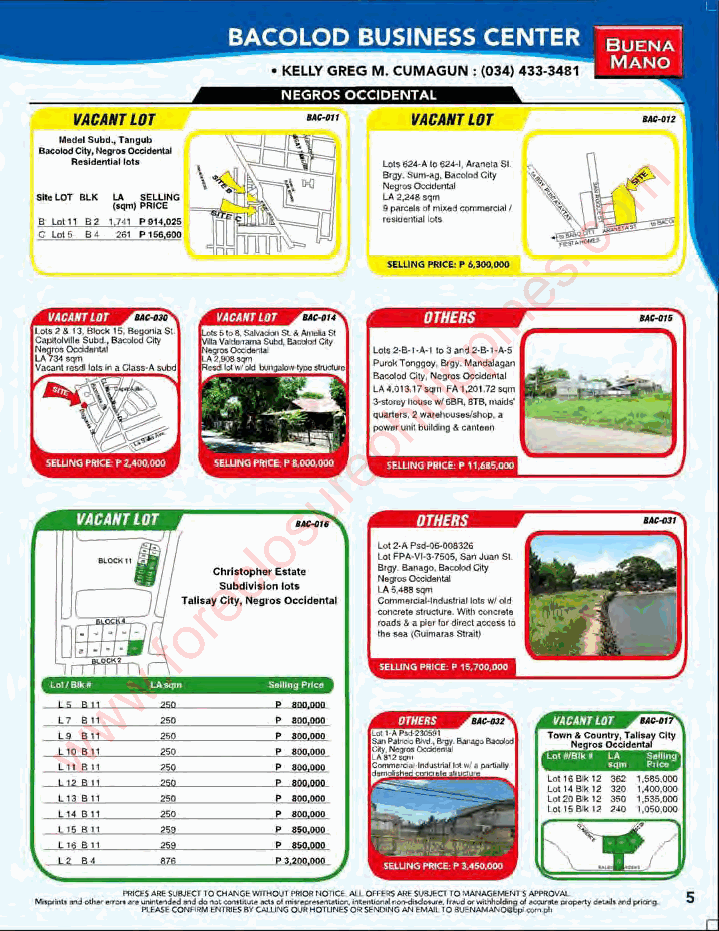
BACOLOD  BUSINESS CENTER
 BUENA
 MANO
 NEGROS OCCIOENTAl
 .V-AC-AnLor           VACAI"rLor
 _s.w..r_             -
 _ oo,., ___
 ..~..
 ,,--,         m
 ~
 ..... .,.. • ., ......... _$1
 .......I..I..I..'.._ ~_OI>
 _LOT 81.K              .........      o
 C, .Lo .< ."
 .
 .8 .!!
 .
 .1 .' ."
 ,
 "
 ..
 ' ,''M
 ~
 -~         s..c .
 e
 n
 orHfRSp i
 , p
 i
 l
 i
 h
 p
 e
 r
 u
 s
 -_. J       o      -
 .... ............. .,.
 cl       "., ......: .- .. .-~ .. ." ...,-..1!a00_ . .....y._ .... .. S O_
 IQ
 Ce ......_ E. .. ,.
 ,.r. ..o yCS H_ Y .~ .." ." o '. .n . O_ 'X ...,... .. ~. ... .. ;.. .. -. ... -.. .. o. .. . .__ "..... ........ .
 o            ... ................
 O     f               _(
 ~.~
 w        .--    "LUN"""" ."_000
 ,.".... LA.... ,. . "",,,","
 ... w         ---
 _ LLI." W          .
 " L. w 811 . m~. , , ... ...,
 lIO ,a,l,l ~   -
 ,L1 1  ..      -....!!!!!!.-.
 " ' I"" .W .   ~
 Lli    ~       PI'!!'!..
 '14 I"        ,
 ..
 U. .a.l l
 III I" m       ~
 Uf     ,,~